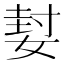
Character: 㜂